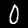
Digit: 0